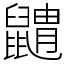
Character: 䶇